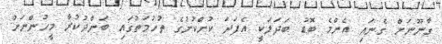
ގާނޫނަށް ގެނައި އެންމެ ބޮޑު ބަދަލަކީ އެފަދަ ކުށްކުށުގެ ތުހުމަތުގައި ބަންދުކުރާ މީހުންނަށް